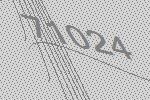
71024